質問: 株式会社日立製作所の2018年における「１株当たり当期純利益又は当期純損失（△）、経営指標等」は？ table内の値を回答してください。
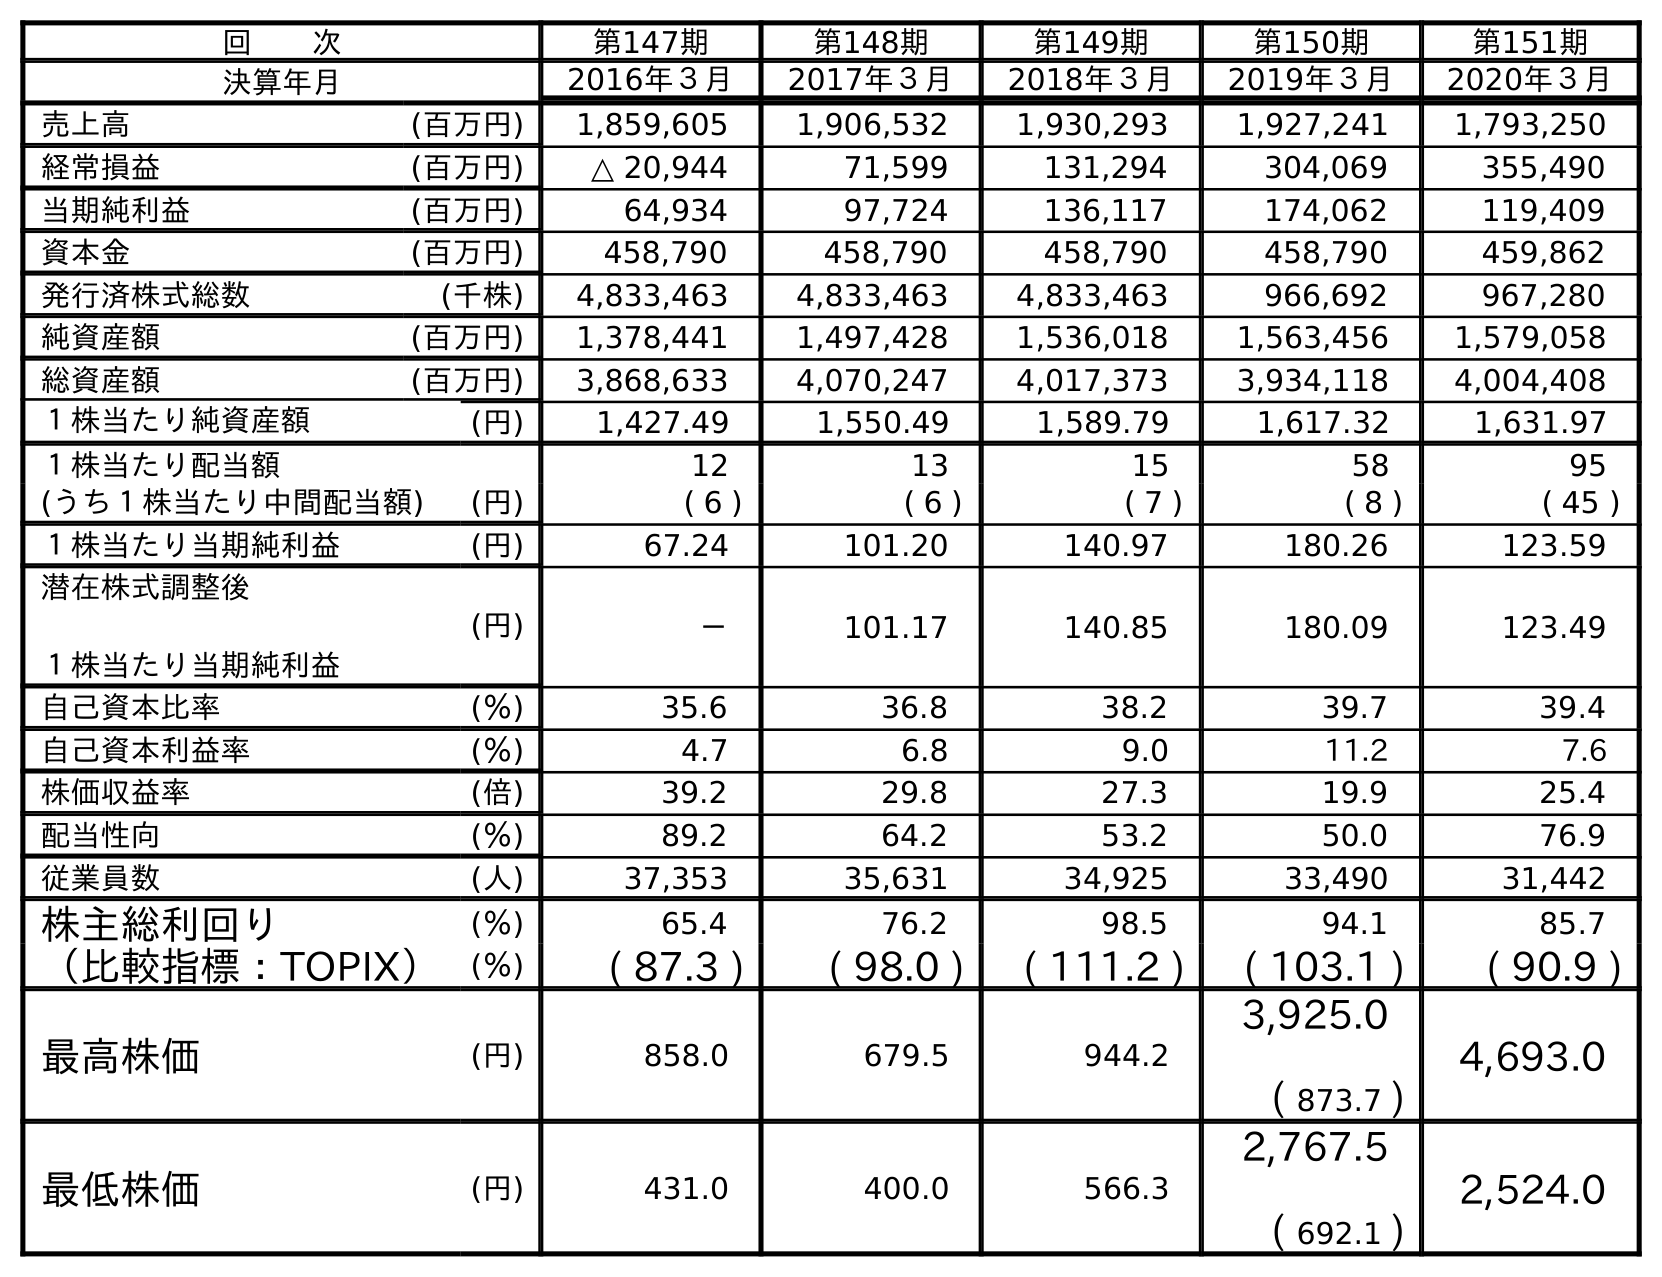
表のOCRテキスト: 回  次 第147期 第148期 第149期 第150期 第151期 決算年月 2016年３月 2017年３月 2018年３月 2019年３月 2020年３月 売上高 (百万円) 1,859,605 1,906,532 1,930,293 1,927,241 1,793,250 経常損益 (百万円) △ 20,944 71,599 131,294 304,069 355,490 当期純利益 (百万円) 64,934 97,724 136,117 174,062 119,409 資本金 (百万円) 458,790 458,790 458,790 458,790 459,862 発行済株式総数 (千株) 4,833,463 4,833,463 4,833,463 966,692 967,280 純資産額 (百万円) 1,378,441 1,497,428 1,536,018 1,563,456 1,579,058 総資産額 (百万円) 3,868,633 4,070,247 4,017,373 3,934,118 4,004,408 １株当たり純資産額 (円) 1,427.49 1,550.49 1,589.79 1,617.32 1,631.97 １株当たり配当額 12 13 15 58 95 (うち１株当たり中間配当額) (円) ( 6 ) ( 6 ) ( 7 ) ( 8 ) ( 45 ) １株当たり当期純利益 (円) 67.24 101.20 140.97 180.26 123.59 潜在株式調整後 １株当たり当期純利益 (円) － 101.17 140.85 180.09 123.49 自己資本比率 (％) 35.6 36.8 38.2 39.7 39.4 自己資本利益率 (％) 4.7 6.8 9.0 11.2 7.6 株価収益率 (倍) 39.2 29.8 27.3 19.9 25.4 配当性向 (％) 89.2 64.2 53.2 50.0 76.9 従業員数 (人) 37,353 35,631 34,925 33,490 31,442 株主総利回り (％) 65.4 76.2 98.5 94.1 85.7 （比較指標：TOPIX） (％) ( 87.3 ) ( 98.0 ) ( 111.2 ) ( 103.1 ) ( 90.9 ) 最高株価 (円) 858.0 679.5 944.2 3,925.0 ( 873.7 ) 4,693.0 最低株価 (円) 431.0 400.0 566.3 2,767.5 ( 692.1 ) 2,524.0
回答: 140.97